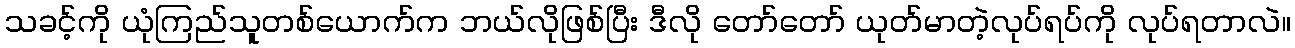
သခင့်ကို ယုံကြည်သူတစ်ယောက်က ဘယ်လိုဖြစ်ပြီး ဒီလို တော်တော် ယုတ်မာတဲ့လုပ်ရပ်ကို လုပ်ရတာလဲ။